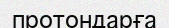
протондарға